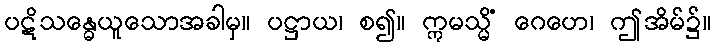
ပဋိသန္ဓေယူသောအခါမှ။ ပဋ္ဌာယ၊ စ၍။ ဣမသ္မိံ ဂေဟေ၊ ဤအိမ်၌။